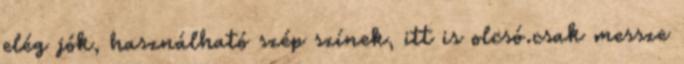
elég jók, használható szép színek, itt is olcsó.csak messze